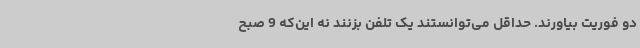
دو فوریت بیاورند. حداقل می‌توانستند یک تلفن بزنند نه این‌که 9 صبح